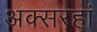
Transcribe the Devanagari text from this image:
अक्सरहां